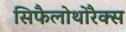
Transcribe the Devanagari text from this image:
सिफैलोथोरैक्स